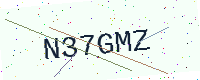
Text: N37GMZ